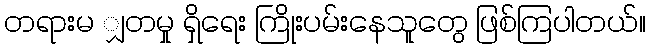
တရားမ ျှတမှု ရှိရေး ကြိုးပမ်းနေသူတွေ ဖြစ်ကြပါတယ်။